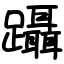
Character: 躡